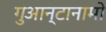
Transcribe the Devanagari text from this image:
गुआन्टानामो